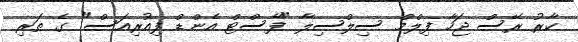
ކާރު ރޭސް ޖަހާ ފިލްމް ސިލްސިލާ "ފާސްޓް އެންޑް ފިއުރިއަސް" ގެ ތަރި